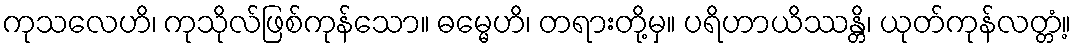
ကုသလေဟိ၊ ကုသိုလ်ဖြစ်ကုန်သော။ ဓမ္မေဟိ၊ တရားတို့မှ။ ပရိဟာယိဿန္တိ၊ ယုတ်ကုန်လတ္တံ့။